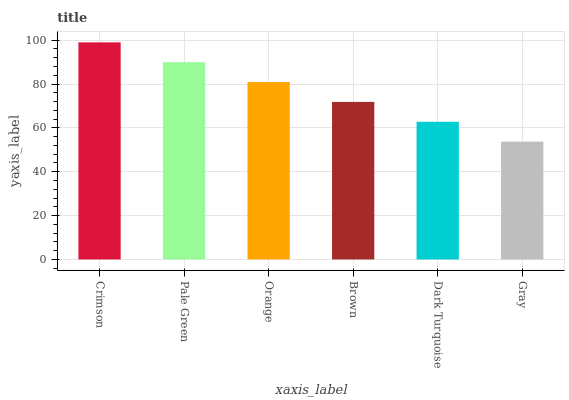
| xaxis_label | bars |
 | --- | --- |
 | Crimson | 99 |
 | Pale Green | 89.9 |
 | Orange | 80.9 |
 | Brown | 71.8 |
 | Dark Turquoise | 62.8 |
 | Gray | 53.7 |